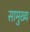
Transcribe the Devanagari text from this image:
सामुख्य